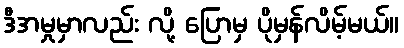
ဒီအမှုမှာလည်း လို့ ပြောမှ ပိုမှန်လိမ့်မယ်။